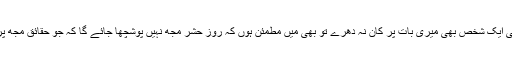
انہوں نے کہا کہ میرا جو حق تھا وہ میں نے ادا کردیا اور کوئی ایک شخص بھی میری بات پر کان نہ دھرے تو بھی میں مطمئن ہوں کہ روز حشر مجھ نہیں پوشچھا جائے گا کہ جو حقائق مجھ پر منکشف کلردیئے گئے اس سے لوگوں کو آگاہ کیوں نہیں کیا۔